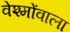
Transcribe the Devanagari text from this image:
वेश्मोंवाला